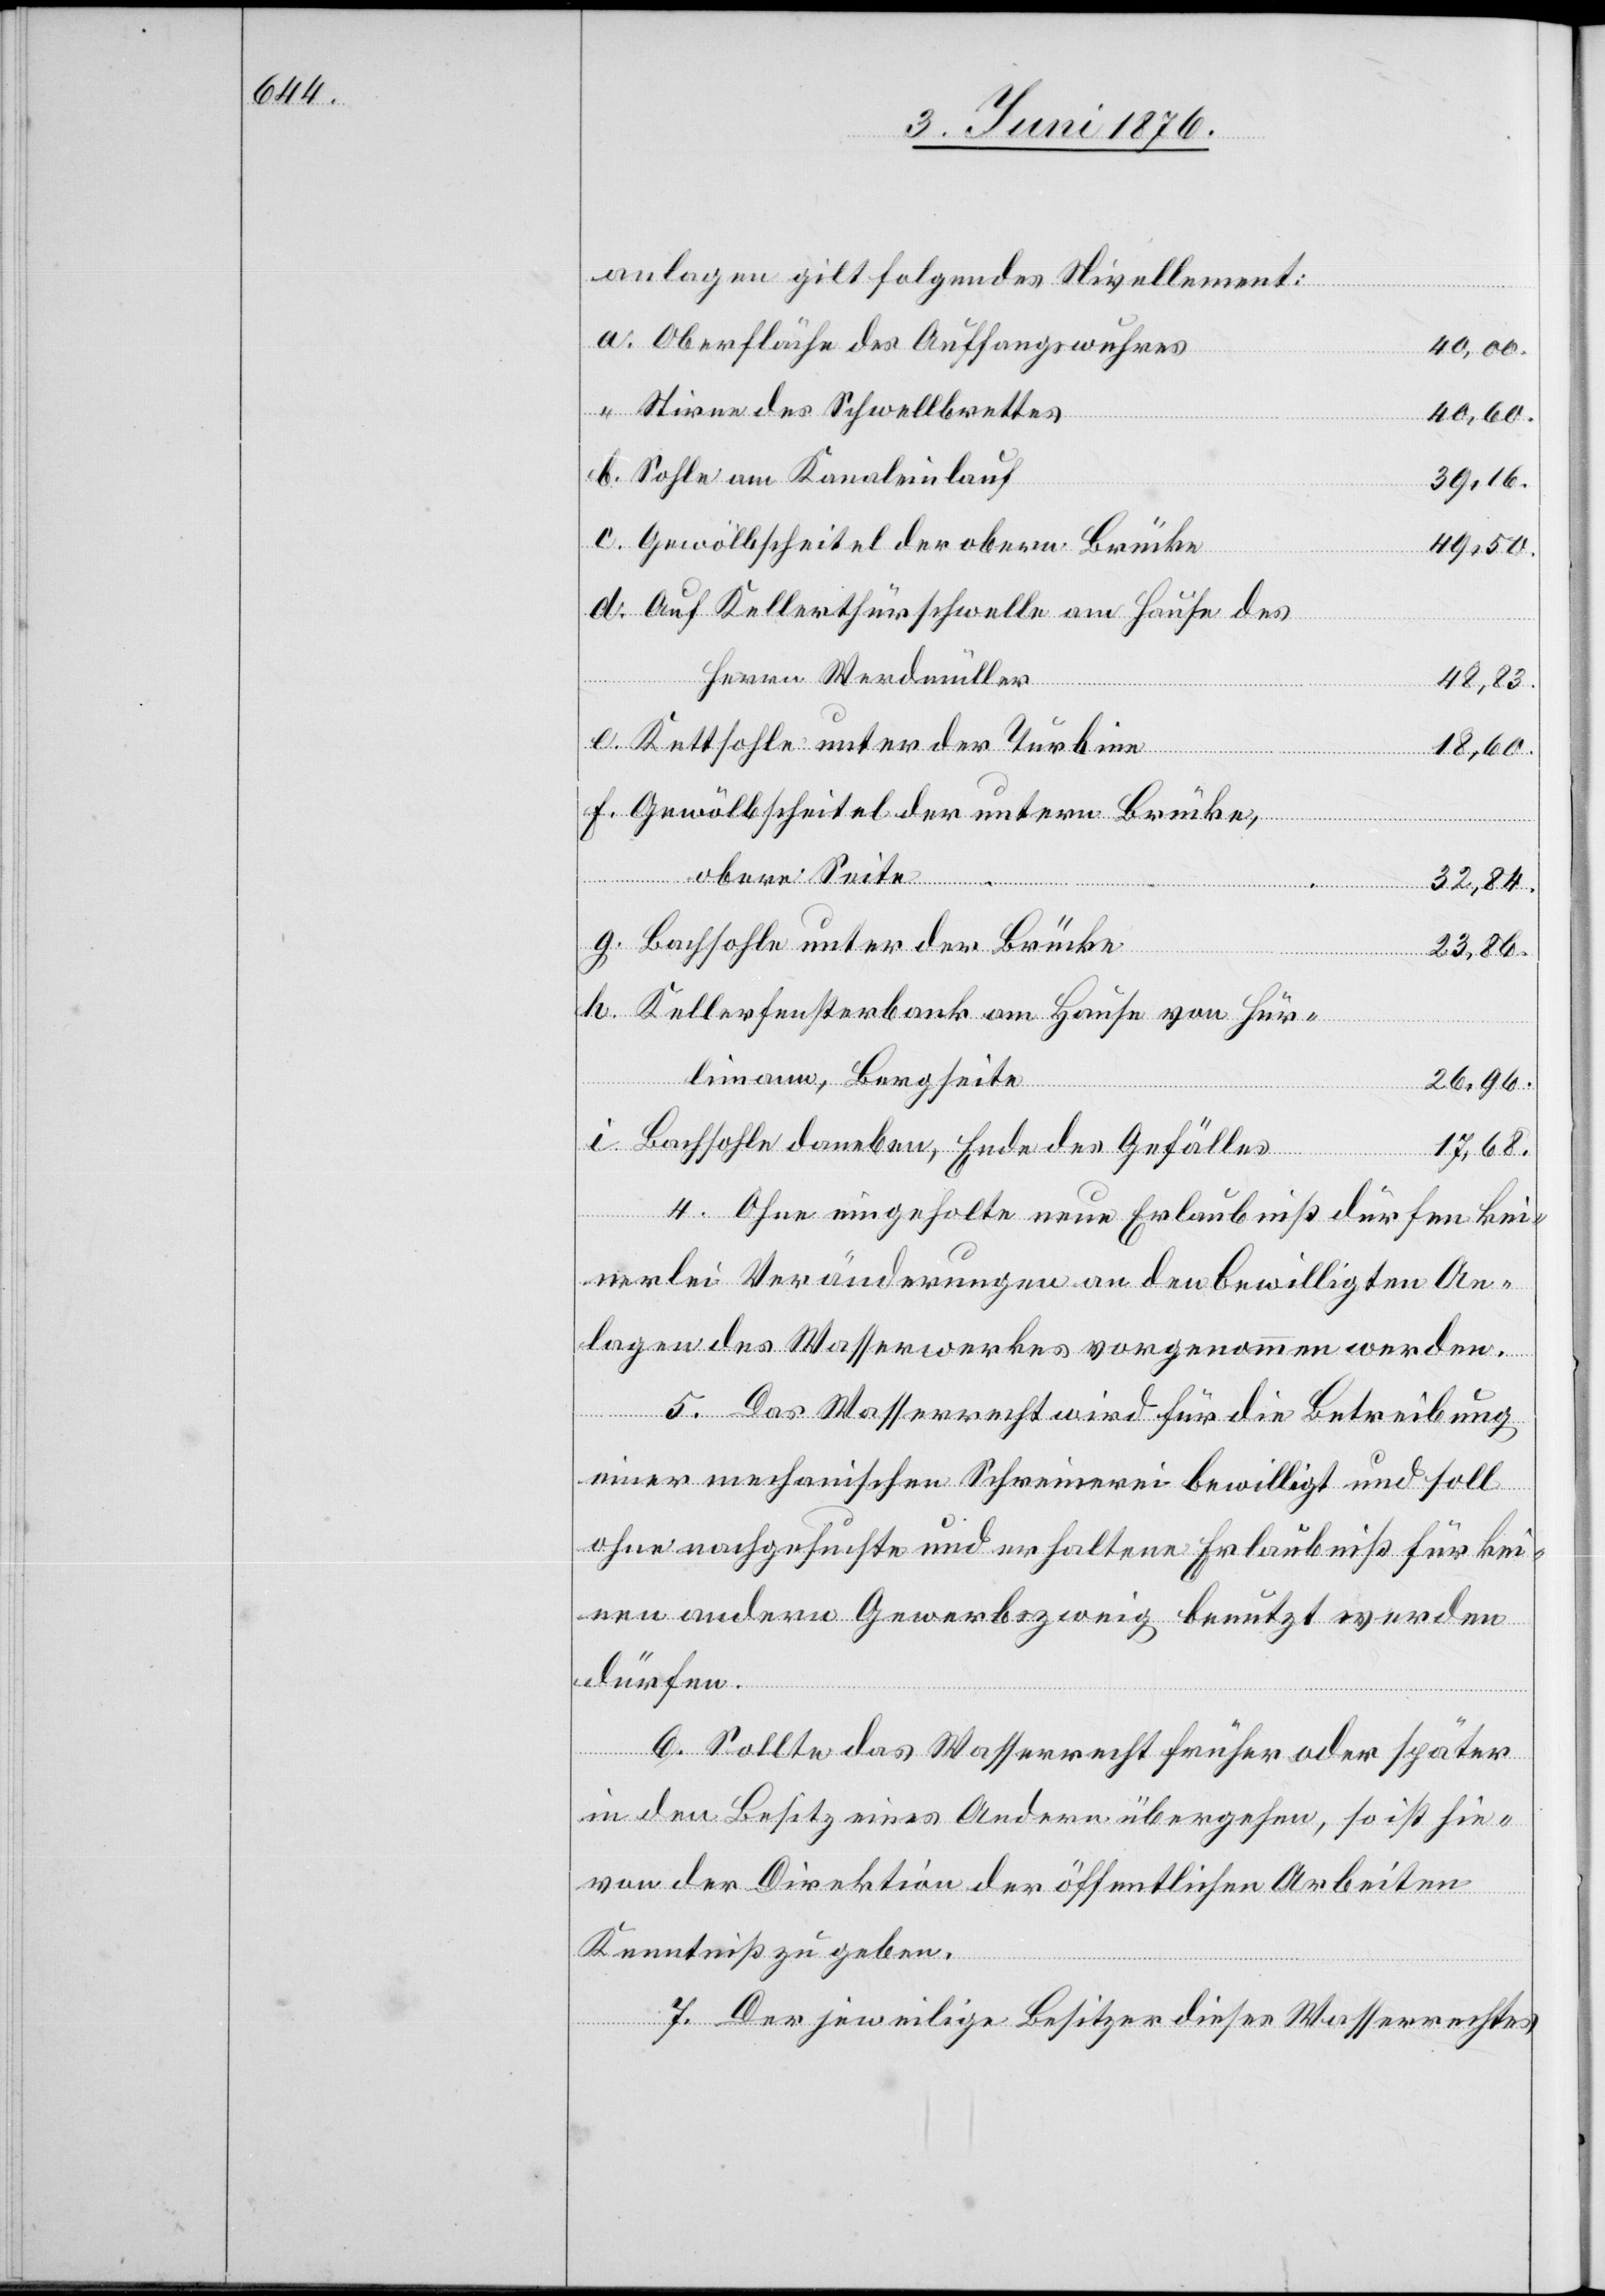
anlagen gilt folgendes Nivellement:
Oberfläche des Auffangswuhres
40,00.
Stirne des Schwellbrettes
40,60.
Sohle am Kanaleinlauf
39,16.
Gewölbscheitel der obern Brücke
49,50.
Auf Kellerthürschwelle am Hause des
Herrn Werdmüller
48,83.
Kettsohle unter der Turbine
18,60.
Gewölbscheitel der untern Brücke,
a.
obere Seite
32,84.
Bachsohle unter der Brücke
23,86.
Kellerfensterbank am Hause von Hür¬
limann, Langseite
26,96.
Bachsohle daneben, Ende des Gefälles
17,68.
4. Ohne eingeholte neue Erlaubniß dürfen kei¬
nerlei Veränderungen an den bewilligten An¬
lagen des Wasserwerkes vorgenommen werden.
5. Das Wasserrecht wird für die Betreibung
einer mechanischen Schreinerei bewilligt und soll
ohne nachgesuchte und erhaltene Erlaubniß für kei¬
nen andern Gewerbszweig benutzt werden
dürfen.
6. Sollte das Wasserrecht früher oder später
in den Besitz eines Andern übergehen, so ist hie¬
von der Direktion der öffentlichen Arbeiten
Kenntniß zu geben.
7. Der jeweilige Besitzer dieses Wasserrechtes